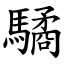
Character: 驈